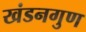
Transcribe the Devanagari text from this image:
खंडनगुण